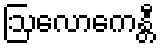
ဩလောကေန္တီ